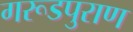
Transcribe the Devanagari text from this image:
गरूडपुराण